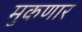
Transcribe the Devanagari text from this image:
मुकणार